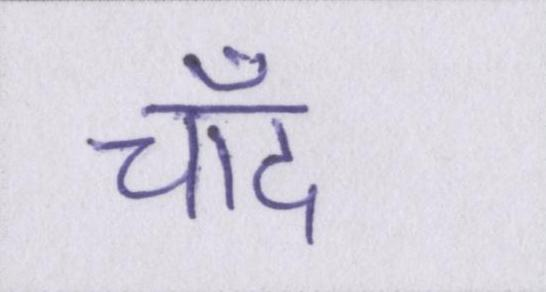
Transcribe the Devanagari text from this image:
चाँद